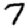
Digit: 7